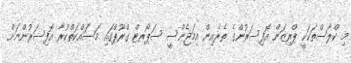
މި ކްލާސްތަކަކީ ޕްރިޒަން އޮފިސަރުންގެ ތެރެއިން އިމަޖެންސީ ސަޕޯރޓް ގްރޫޕްގައި މަސައްކަތްކުރާ އޮފިސަރުންނަށް